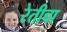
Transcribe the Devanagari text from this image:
रेतीचा